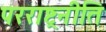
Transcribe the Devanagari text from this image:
परराष्ट्रनीति